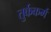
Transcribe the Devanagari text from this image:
तुर्ककर्म